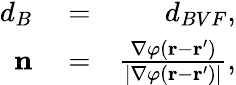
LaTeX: \begin{array}{rlr}{d_{B}}&{{}=}&{d_{BVF},}\\ {\mathbf{n}}&{{}=}&{\frac{\nabla\varphi(\mathbf{r}-\mathbf{r}^{\prime})}{|\nabla\varphi(\mathbf{r}-\mathbf{r}^{\prime})|},}\end{array}